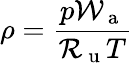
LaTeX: \rho=\frac{p\mathcal{W}_{\mathrm{~a~}}}{\mathcal{R}_{\mathrm{~u~}}T}